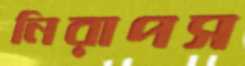
নিরাপস